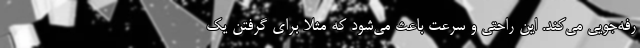
رفه‌جویی می‌کند. این راحتی و سرعت باعث می‌شود که مثلا برای گرفتن یک